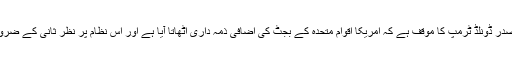
امریکی صدر ڈونلڈ ٹرمپ کا موقف ہے کہ امریکا اقوام متحدہ کے بجٹ کی اضافی ذمہ داری اٹھاتا آیا ہے اور اس نظام پر نظر ثانی کے ضرورت ہے۔